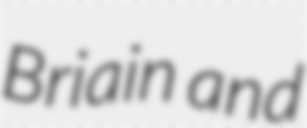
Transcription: Briain and